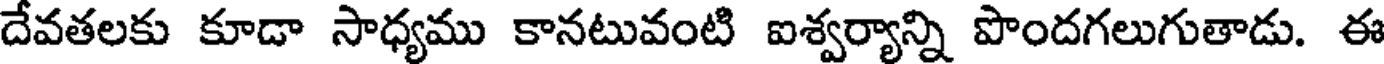
దేవతలకు కూడా సాధ్యము కానటువంటి ఐశ్వర్యాన్ని పొందగలుగుతాడు. ఈ